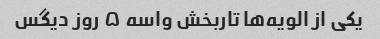
یکی از الویه‌ها تاربخش واسه ۵ روز دیگس